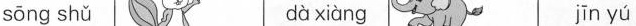
sōng shǔ dà xiàng jīn yú